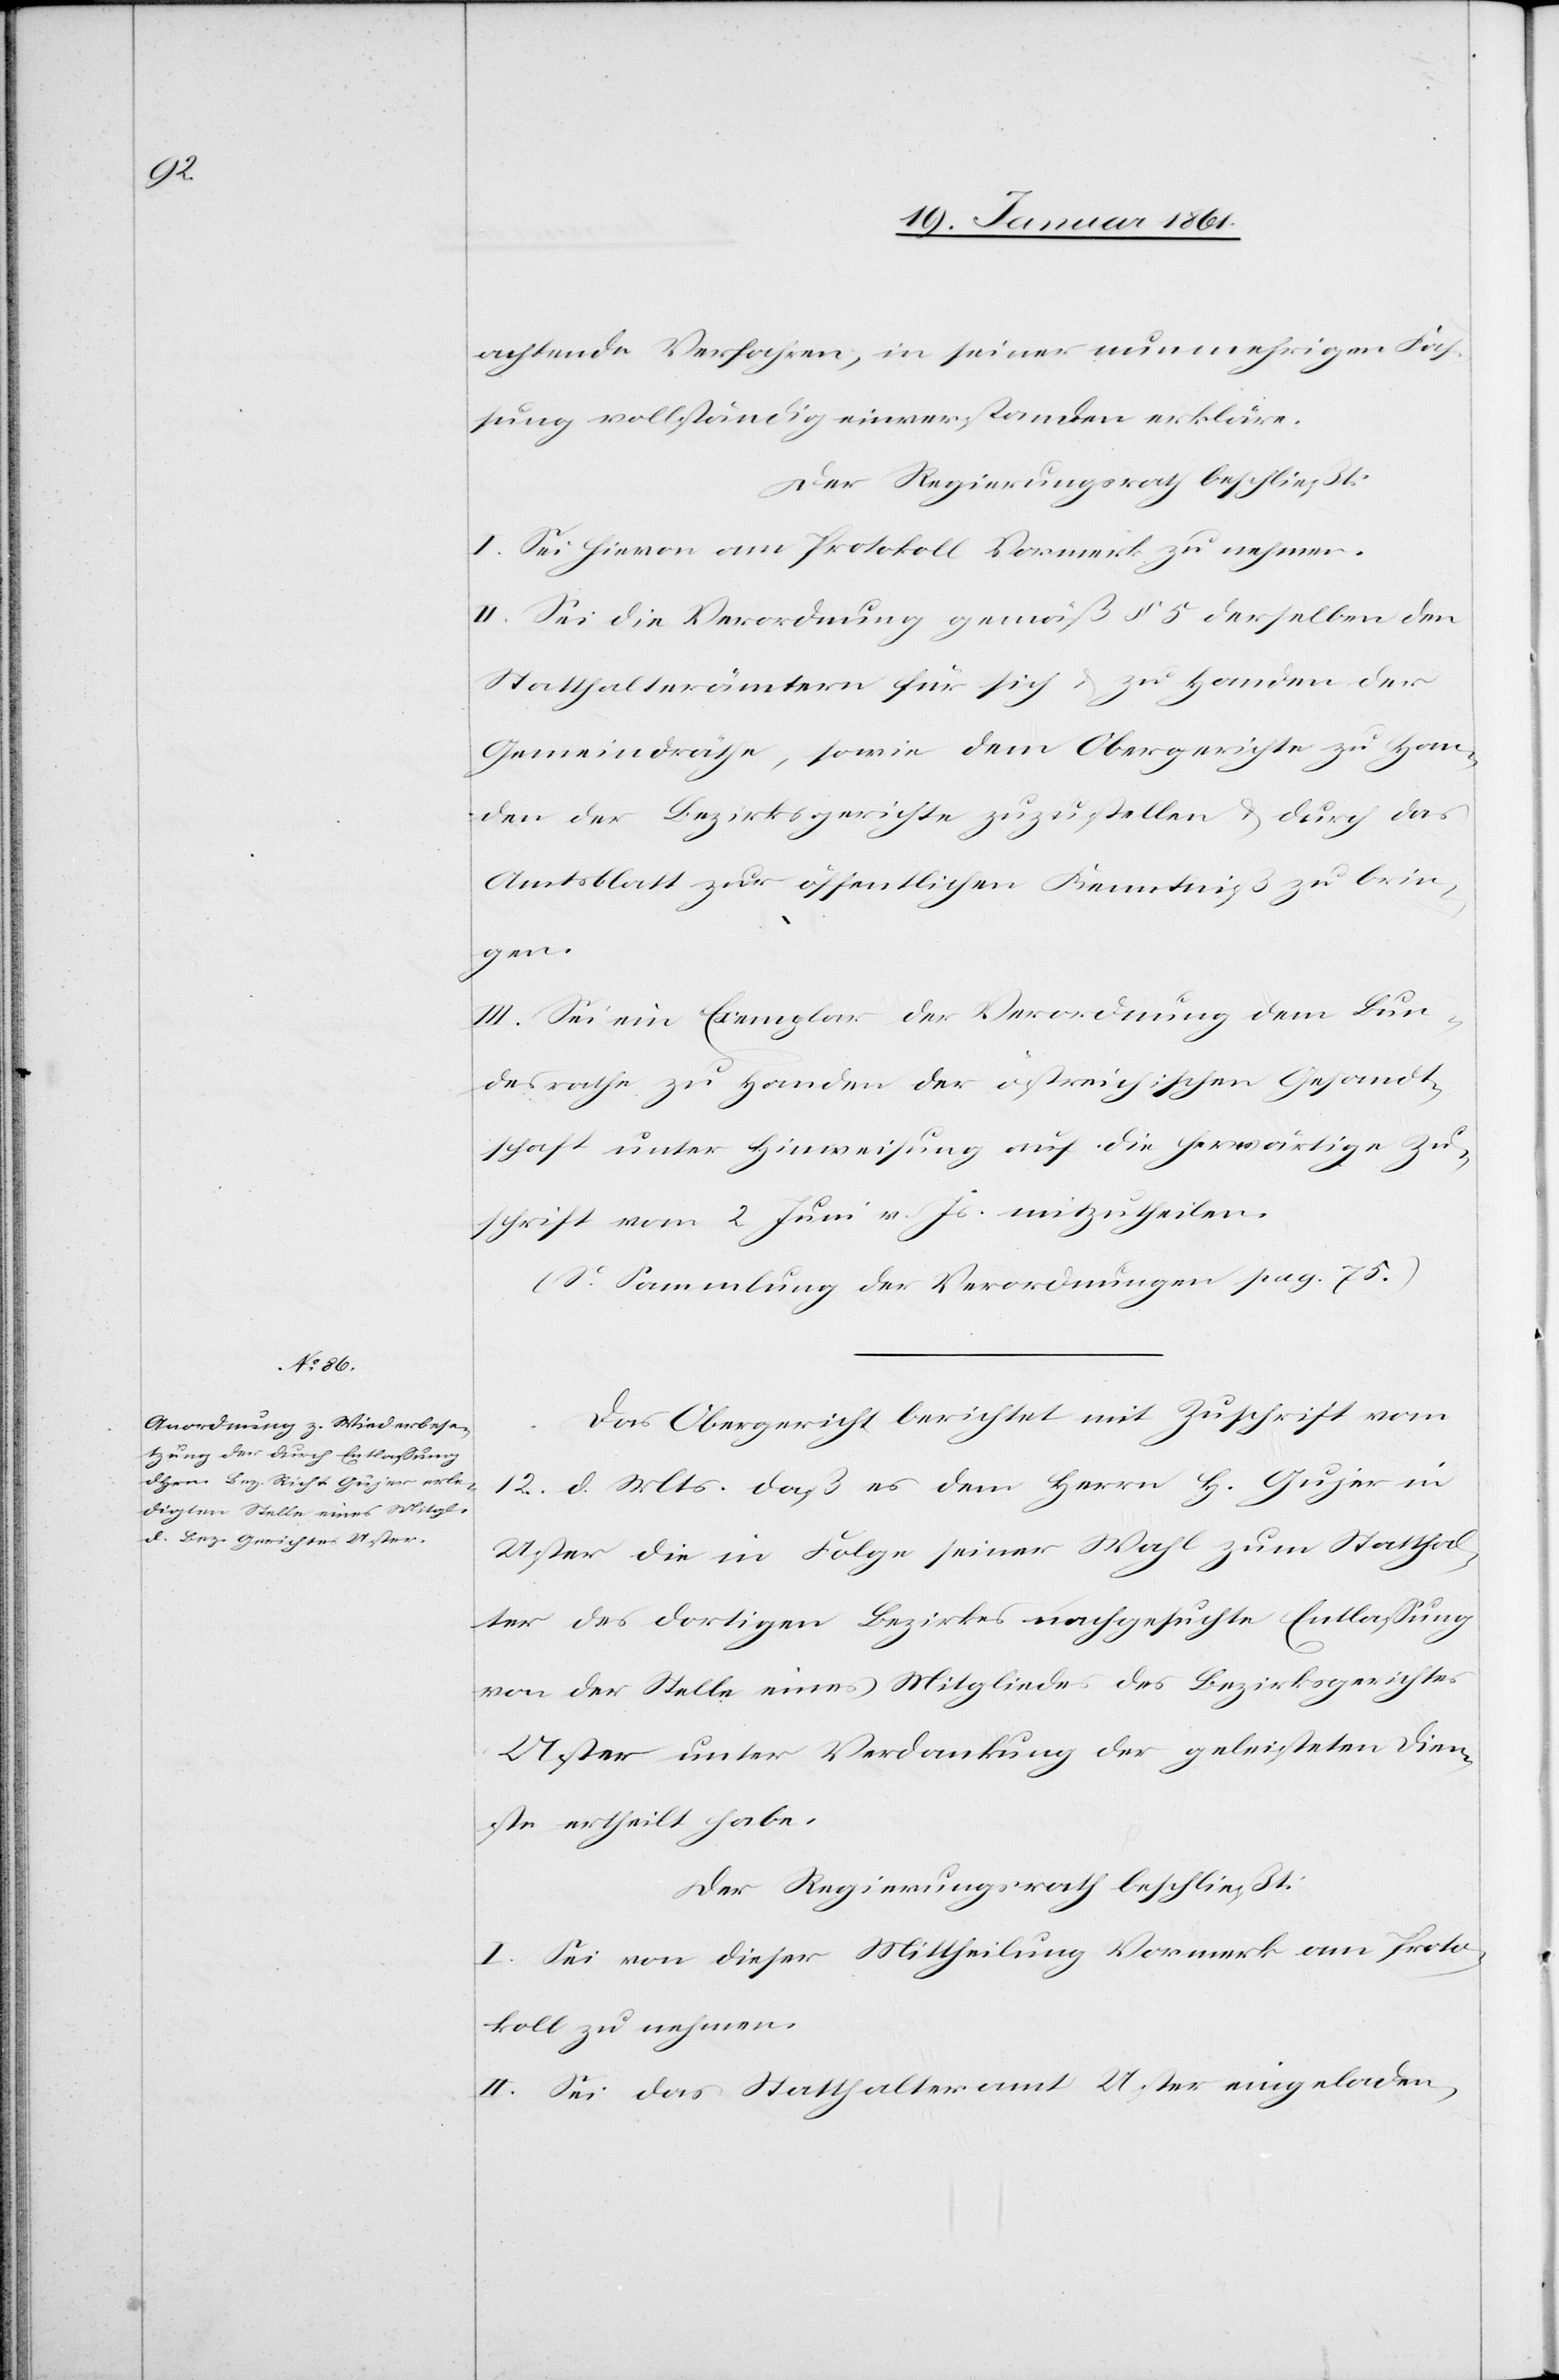
achtende Verfahren, in seiner nunmehrigen Fas¬
sung vollständig einverstanden erkläre.
Der Regierungsrath beschließt:
I. Sei hievon am Protokoll Vormerk zu nehmen.
II. Sei die Verordnung gemäß §. 5. derselben den
Statthalterämtern für sich u. zu Handen der
Gemeindräthe, sowie dem Obergerichte zu Han¬
den der Bezirksgerichte zuzustellen u. durch das
Amtsblatt zur öffentlichen Kenntniß zu brin¬
gen.
III. Sei ein Exemplar der Verordnung dem Bun¬
desrathe zu Handen der östreichischen Gesandt¬
schaft unter Hinweisung auf die herwärtige Zu¬
schrift vom 2. Juni v. Js. mitzutheilen.
(S. Sammlung der Verordnungen pag. 75.)
Das Obergericht berichtet mit Zuschrift vom
12. d. Mts, daß es dem Herrn H. Gujer in
Uster die in Folge seiner Wahl zum Statthal¬
ter des dortigen Bezirkes nachgesuchte Entlassung
von der Stelle eines Mitgliedes des Bezirksgerichtes
Uster unter Verdankung der geleisteten Dien¬
ste ertheilt habe.
Der Regierungsrath beschließt:
I. Sei von dieser Mittheilung Vormerk am Proto¬
koll zu nehmen.
II. Sei das Statthalteramt Uster eingeladen,